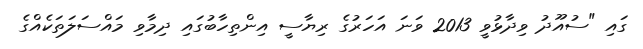
ގައި "ސުއޫދު ވިދާޅުވީ 2013 ވަނަ އަހަރުގެ ރިޔާސީ އިންތިހާބުގައި ދިމާވި މައްސަލަތަކެއްގެ